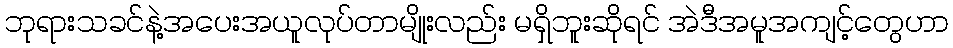
ဘုရားသခင်နဲ့အပေးအယူလုပ်တာမျိုးလည်း မရှိဘူးဆိုရင် အဲဒီအမူအကျင့်တွေဟာ